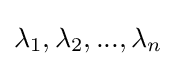
\lambda _{1},\lambda _{2},...,\lambda _{n}